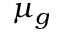
\mu _ { g }